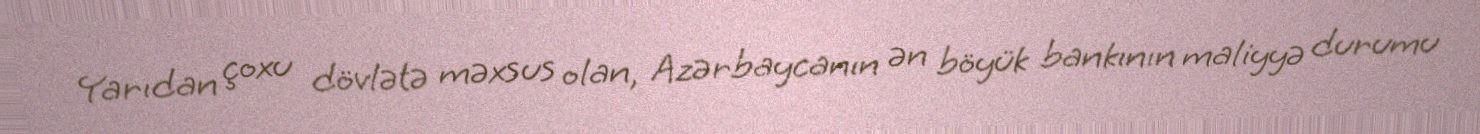
Yarıdan çoxu dövlətə məxsus olan, Azərbaycanın ən böyük bankının maliyyə durumu